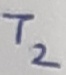
Text: T2